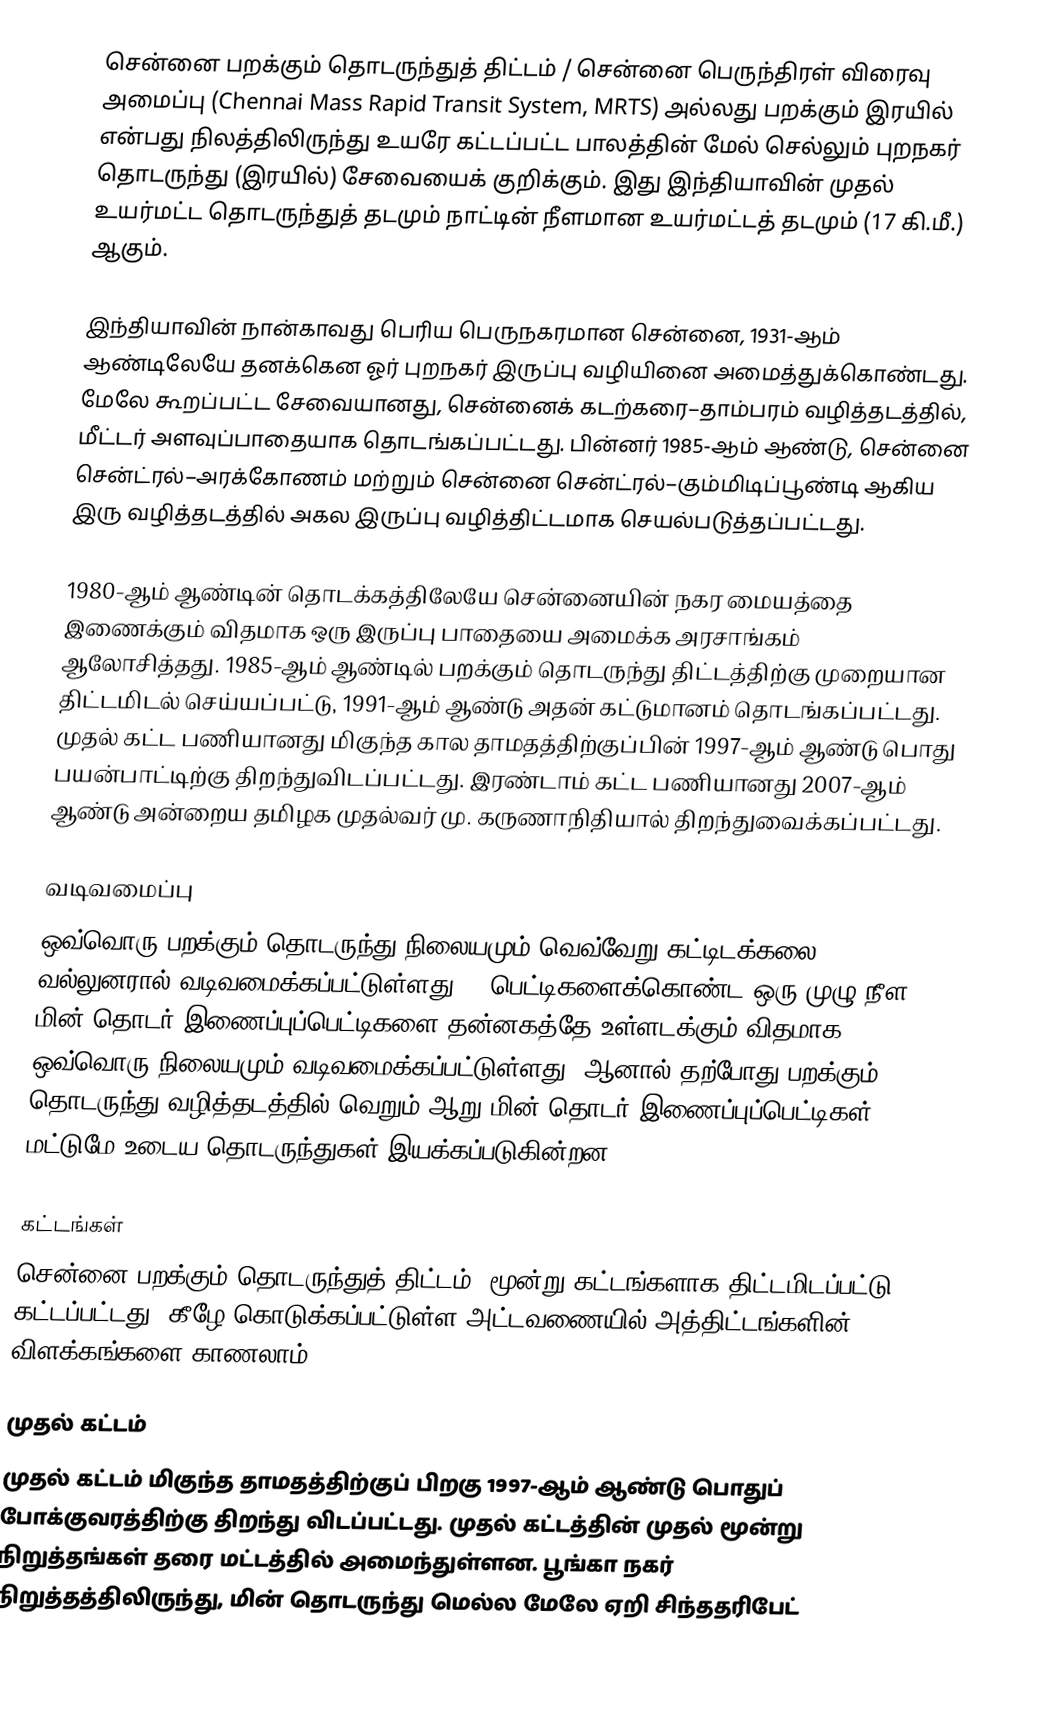
சென்னை பறக்கும் தொடருந்துத் திட்டம் / சென்னை பெருந்திரள் விரைவு அமைப்பு (Chennai Mass Rapid Transit System, MRTS) அல்லது பறக்கும் இரயில் என்பது நிலத்திலிருந்து உயரே கட்டப்பட்ட பாலத்தின் மேல் செல்லும் புறநகர் தொடருந்து (இரயில்) சேவையைக் குறிக்கும். இது இந்தியாவின் முதல் உயர்மட்ட தொடருந்துத் தடமும் நாட்டின் நீளமான உயர்மட்டத் தடமும் (17 கி.மீ.) ஆகும்.

இந்தியாவின் நான்காவது பெரிய பெருநகரமான சென்னை, 1931-ஆம் ஆண்டிலேயே தனக்கென ஓர் புறநகர் இருப்பு வழியினை அமைத்துக்கொண்டது. மேலே கூறப்பட்ட சேவையானது, சென்னைக் கடற்கரை–தாம்பரம் வழித்தடத்தில், மீட்டர் அளவுப்பாதையாக தொடங்கப்பட்டது. பின்னர் 1985-ஆம் ஆண்டு, சென்னை சென்ட்ரல்–அரக்கோணம் மற்றும் சென்னை சென்ட்ரல்–கும்மிடிப்பூண்டி ஆகிய இரு வழித்தடத்தில் அகல இருப்பு வழித்திட்டமாக செயல்படுத்தப்பட்டது.

1980-ஆம் ஆண்டின் தொடக்கத்திலேயே சென்னையின் நகர மையத்தை இணைக்கும் விதமாக ஒரு இருப்பு பாதையை அமைக்க அரசாங்கம் ஆலோசித்தது. 1985-ஆம் ஆண்டில் பறக்கும் தொடருந்து திட்டத்திற்கு முறையான திட்டமிடல் செய்யப்பட்டு, 1991-ஆம் ஆண்டு அதன் கட்டுமானம் தொடங்கப்பட்டது. முதல் கட்ட பணியானது மிகுந்த கால தாமதத்திற்குப்பின் 1997-ஆம் ஆண்டு பொது பயன்பாட்டிற்கு திறந்துவிடப்பட்டது. இரண்டாம் கட்ட பணியானது 2007-ஆம் ஆண்டு அன்றைய தமிழக முதல்வர் மு. கருணாநிதியால் திறந்துவைக்கப்பட்டது.

வடிவமைப்பு
ஒவ்வொரு பறக்கும் தொடருந்து நிலையமும் வெவ்வேறு கட்டிடக்கலை வல்லுனரால் வடிவமைக்கப்பட்டுள்ளது. 9 பெட்டிகளைக்கொண்ட ஒரு முழு நீள மின் தொடர் இணைப்புப்பெட்டிகளை தன்னகத்தே உள்ளடக்கும் விதமாக, ஒவ்வொரு நிலையமும் வடிவமைக்கப்பட்டுள்ளது. ஆனால் தற்போது பறக்கும் தொடருந்து வழித்தடத்தில் வெறும் ஆறு மின் தொடர் இணைப்புப்பெட்டிகள் மட்டுமே உடைய தொடருந்துகள் இயக்கப்படுகின்றன.

கட்டங்கள்
சென்னை பறக்கும் தொடருந்துத் திட்டம், மூன்று கட்டங்களாக திட்டமிடப்பட்டு, கட்டப்பட்டது. கீழே கொடுக்கப்பட்டுள்ள அட்டவணையில் அத்திட்டங்களின் விளக்கங்களை காணலாம்.

முதல் கட்டம்
முதல் கட்டம் மிகுந்த தாமதத்திற்குப் பிறகு 1997-ஆம் ஆண்டு பொதுப் போக்குவரத்திற்கு திறந்து விடப்பட்டது. முதல் கட்டத்தின் முதல் மூன்று நிறுத்தங்கள் தரை மட்டத்தில் அமைந்துள்ளன. பூங்கா நகர் நிறுத்தத்திலிருந்து, மின் தொடருந்து மெல்ல மேலே ஏறி சிந்ததரிபேட்